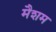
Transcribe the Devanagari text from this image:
मैशम